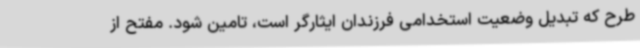
طرح که تبدیل وضعیت استخدامی فرزندان ایثارگر است، تامین شود. مفتح از